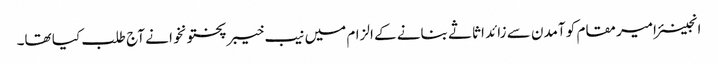
انجینئر امیر مقام کو آمدن سے زائد اثاثے بنانے کے الزام میں نیب خیبرپختونخوا نے آج طلب کیا تھا۔